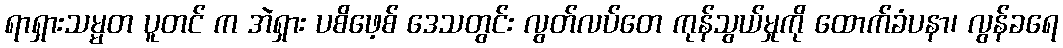
ရာရှားသမ္မတ ပူတင် က အဲရှား ပစိဖေ့စ် ဒေသတွင်း လွတ်လပ်တေ ကုန်သွယ်မှုကို ထောက်ခံပနာ၊ လွန်ခရေ